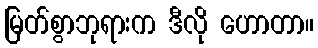
မြတ်စွာဘုရားက ဒီလို ဟောတာ။